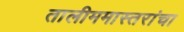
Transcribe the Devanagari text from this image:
तालीममास्तरांचा